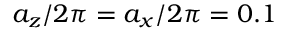
a _ { z } / 2 \pi = a _ { x } / 2 \pi = 0 . 1